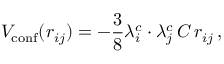
V _ { \mathrm { c o n f } } ( r _ { i j } ) = - \frac { 3 } { 8 } \lambda _ { i } ^ { c } \cdot \lambda _ { j } ^ { c } \, C \, r _ { i j } \, ,